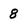
Character: 8